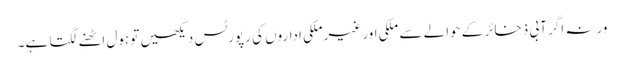
ورنہ اگر آبی ذخائر کے حوالے سے ملکی اور غیرملکی اداروں کی رپورٹس دیکھیں تو ہول اٹھنے لگتا ہے۔